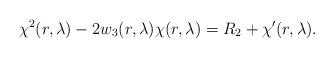
LaTeX: \begin{align*} \chi^2(r,\lambda) - 2 w_3(r,\lambda) \chi(r, \lambda) = R_2 + \chi^\prime(r,\lambda) .\end{align*}